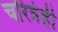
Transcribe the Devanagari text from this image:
चरित्रंही